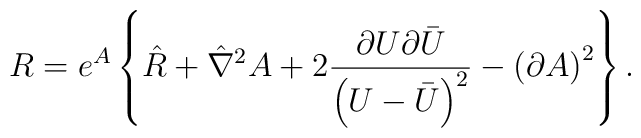
R = e^{A}\left\{ \hat{R}+\hat{\nabla} ^2 A +2 \frac{\partial U \partial \bar{U}}{\left(U - \bar{U}\right)^2}  -\left( \partial A\right)^2 \right\} .